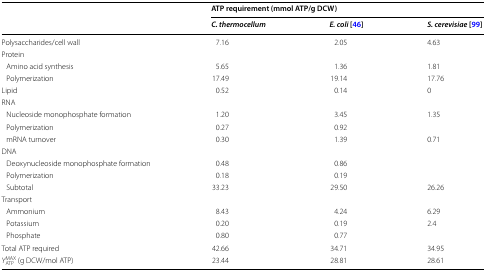
<table><thead><tr><td rowspan="2"></td><td colspan="3"><b>ATP requirement (mmol ATP/g DCW)</b></td></tr><tr><td><b><i>C. thermocellum</i></b></td><td><b><i>E. coli</i> [46]</b></td><td><b><i>S. cerevisiae</i> [99]</b></td></tr></thead><tbody><tr><td>Polysaccharides/cell wall</td><td>7.16</td><td>2.05</td><td>4.63</td></tr><tr><td colspan="4">Protein</td></tr><tr><td> Amino acid synthesis</td><td>5.65</td><td>1.36</td><td>1.81</td></tr><tr><td> Polymerization</td><td>17.49</td><td>19.14</td><td>17.76</td></tr><tr><td>Lipid</td><td>0.52</td><td>0.14</td><td>0</td></tr><tr><td colspan="4">RNA</td></tr><tr><td> Nucleoside monophosphate formation</td><td>1.20</td><td>3.45</td><td rowspan="2">1.35</td></tr><tr><td> Polymerization</td><td>0.27</td><td>0.92</td></tr><tr><td> mRNA turnover</td><td>0.30</td><td>1.39</td><td>0.71</td></tr><tr><td colspan="4">DNA</td></tr><tr><td> Deoxynucleoside monophosphate formation</td><td>0.48</td><td>0.86</td><td></td></tr><tr><td> Polymerization</td><td>0.18</td><td>0.19</td><td></td></tr><tr><td> Subtotal</td><td>33.23</td><td>29.50</td><td>26.26</td></tr><tr><td colspan="4">Transport</td></tr><tr><td> Ammonium</td><td>8.43</td><td>4.24</td><td>6.29</td></tr><tr><td> Potassium</td><td>0.20</td><td>0.19</td><td rowspan="2">2.4</td></tr><tr><td> Phosphate</td><td>0.80</td><td>0.77</td></tr><tr><td>Total ATP required</td><td>42.66</td><td>34.71</td><td>34.95</td></tr><tr><td><i>Y</i><sub>ATP</sub><sup>MAX</sup> (g DCW/mol ATP)</td><td>23.44</td><td>28.81</td><td>28.61</td></tr></tbody></table>